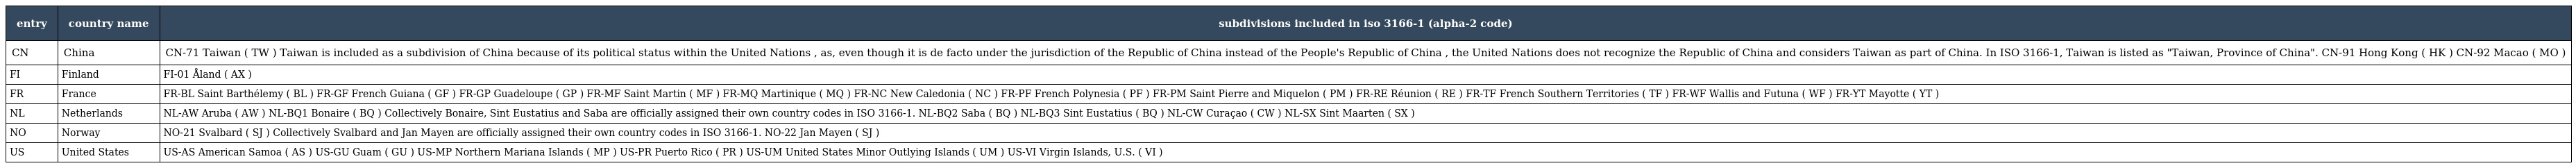
| entry | country name | subdivisions included in iso 3166-1 (alpha-2 code) |
 | --- | --- | --- |
 | CN | China | CN-71 Taiwan ( TW ) Taiwan is included as a subdivision of China because of its political status within the United Nations , as, even though it is de facto under the jurisdiction of the Republic of China instead of the People's Republic of China , the United Nations does not recognize the Republic of China and considers Taiwan as part of China. In ISO 3166-1, Taiwan is listed as "Taiwan, Province of China". CN-91 Hong Kong ( HK ) CN-92 Macao ( MO ) |
 | FI | Finland | FI-01 Åland ( AX ) |
 | FR | France | FR-BL Saint Barthélemy ( BL ) FR-GF French Guiana ( GF ) FR-GP Guadeloupe ( GP ) FR-MF Saint Martin ( MF ) FR-MQ Martinique ( MQ ) FR-NC New Caledonia ( NC ) FR-PF French Polynesia ( PF ) FR-PM Saint Pierre and Miquelon ( PM ) FR-RE Réunion ( RE ) FR-TF French Southern Territories ( TF ) FR-WF Wallis and Futuna ( WF ) FR-YT Mayotte ( YT ) |
 | NL | Netherlands | NL-AW Aruba ( AW ) NL-BQ1 Bonaire ( BQ ) Collectively Bonaire, Sint Eustatius and Saba are officially assigned their own country codes in ISO 3166-1. NL-BQ2 Saba ( BQ ) NL-BQ3 Sint Eustatius ( BQ ) NL-CW Curaçao ( CW ) NL-SX Sint Maarten ( SX ) |
 | NO | Norway | NO-21 Svalbard ( SJ ) Collectively Svalbard and Jan Mayen are officially assigned their own country codes in ISO 3166-1. NO-22 Jan Mayen ( SJ ) |
 | US | United States | US-AS American Samoa ( AS ) US-GU Guam ( GU ) US-MP Northern Mariana Islands ( MP ) US-PR Puerto Rico ( PR ) US-UM United States Minor Outlying Islands ( UM ) US-VI Virgin Islands, U.S. ( VI ) |